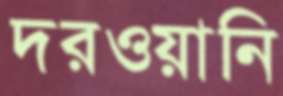
দরওয়ানি